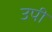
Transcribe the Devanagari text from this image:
उपी